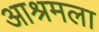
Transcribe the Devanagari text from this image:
आश्रमला